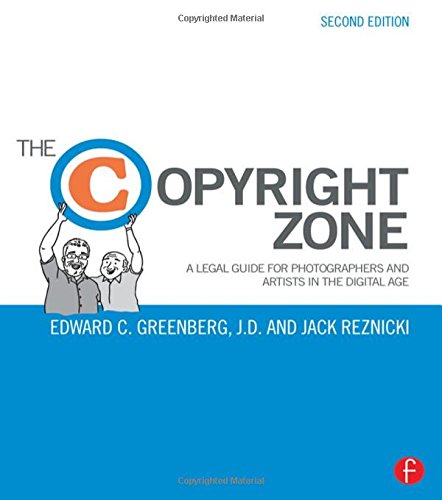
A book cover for The Copyright Zone: A Legal Guide For Photographers and Artists In The Digital Age; Edward C. Greenberg; Arts & Photography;